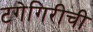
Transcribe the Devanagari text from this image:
टगेगिरीची